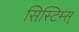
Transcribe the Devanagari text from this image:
सिस्टिम्स्